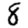
Digit: 8